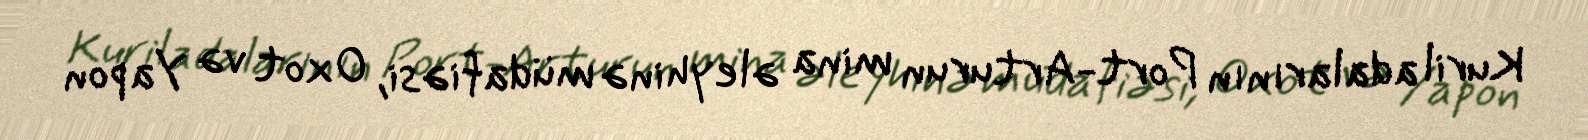
Kuril adalarının Port-Arturun mina əleyhinə müdafiəsi, Oxot və Yapon